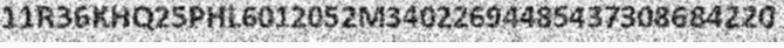
11R36KHQ25PHL6012052M34022694485437308684220